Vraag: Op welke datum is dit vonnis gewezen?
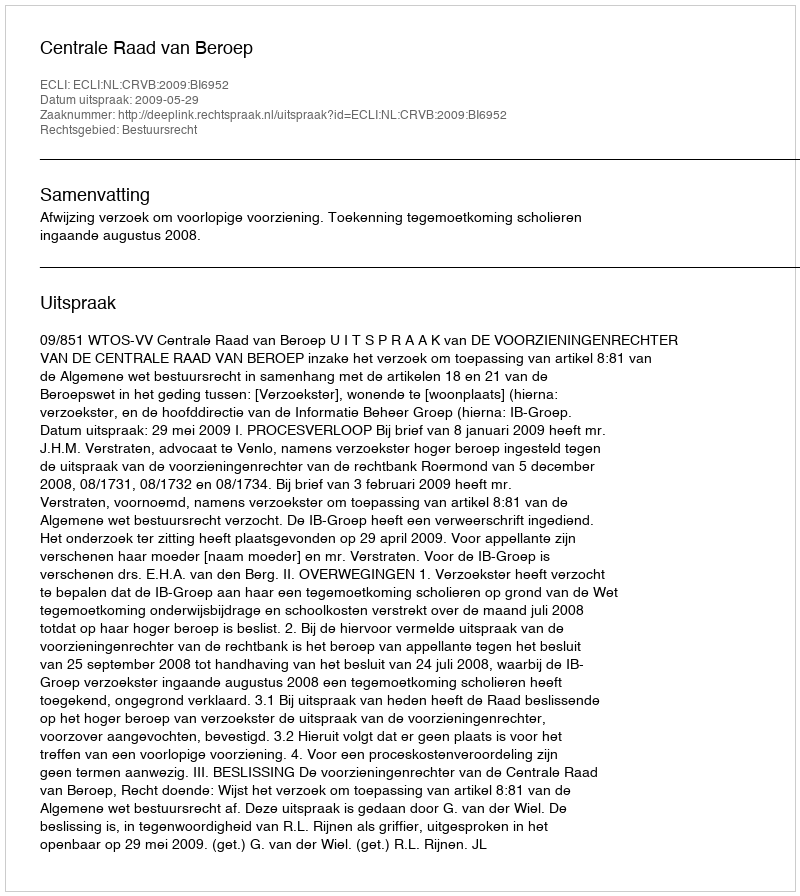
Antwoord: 2009-05-29